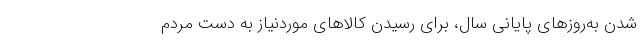
شدن به‌روزهای پایانی سال، برای رسیدن کالاهای موردنیاز به دست مردم